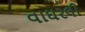
વાઘરલી